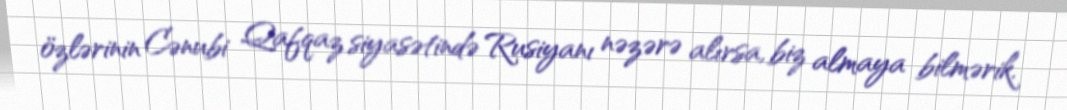
özlərinin Cənubi Qafqaz siyasətində Rusiyanı nəzərə alırsa, biz almaya bilmərik.